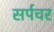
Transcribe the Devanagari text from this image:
सर्पचर